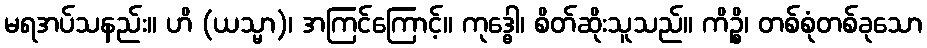
မရအပ်သနည်း။ ဟိ (ယသ္မာ)၊ အကြင်ကြောင့်။ ကုဒ္ဓေါ၊ စိတ်ဆိုးသူသည်။ ကိဉ္စိ၊ တစ်စုံတစ်ခုသော